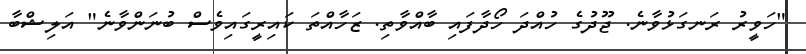
"ހަވީރު ރަނގަޅުވާނެ. ޖޫދުގެ ހުއްދަ ހޯދާފައި ބާއްވާތި. ޒަހާއްތަ ކައިރީގައިވެސް ބުނަންވާނެ" އަލިޝްބާ